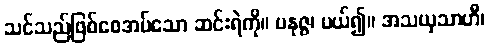
သင်သည်ဖြစ်စေအပ်သော ဆင်းရဲကို။ ပနုဇ္ဇ၊ ပယ်၍။ အသယှသာဟီ၊